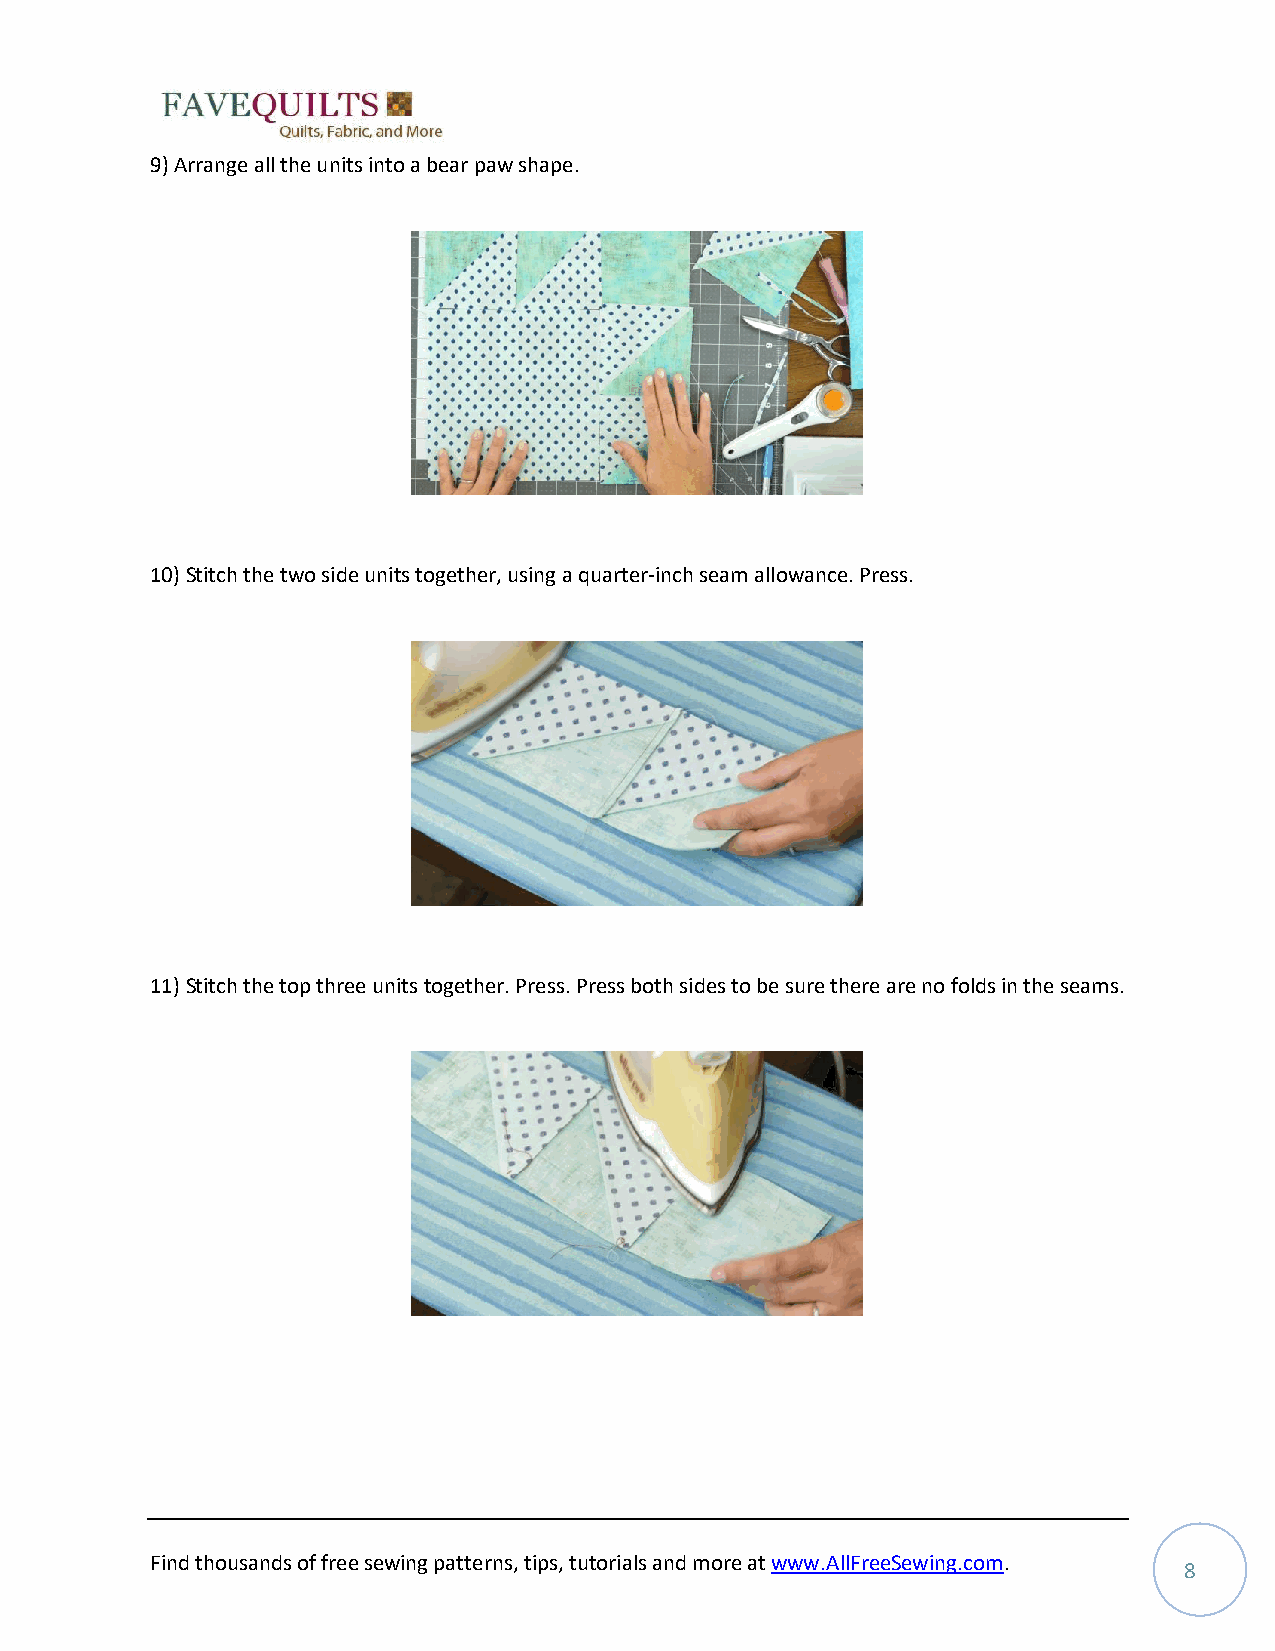
9) Arrange all the units into a bear paw shape.
 10) Stitch the two side units together, using a quarter-inch seam allowance. Press.
 11) Stitch the top three units together. Press. Press both sides to be sure there are no folds in the seams.
 Find thousands of free sewing patterns, tips, tutorials and more at www.AllFreeSewing.com.
 8